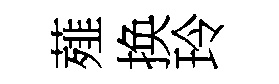
薤换玲